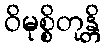
ဝိမုစ္စိတုန္တိ